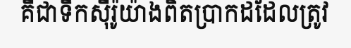
គឺជាទឹកស៊ីរ៉ូយ៉ាងពិតប្រាកដដែលត្រូវ